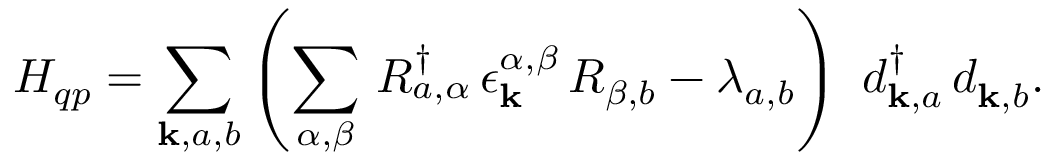
H _ { q p } = \sum _ { \mathbf { k } , a , b } \left( \sum _ { \alpha , \beta } \, R _ { a , \alpha } ^ { \dagger } \, \epsilon _ { \mathbf { k } } ^ { \alpha , \beta } \, R _ { \beta , b } - \lambda _ { a , b } \right) \ d _ { \mathbf { k } , a } ^ { \dagger } \, d _ { \mathbf { k } , b } ^ { \phantom { \dagger } } .